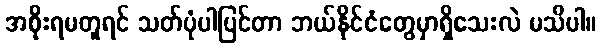
အစိုးရမတူရင် သတ်ပုံပါပြင်တာ ဘယ်နိုင်ငံတွေမှာရှိသေးလဲ မသိပါ။